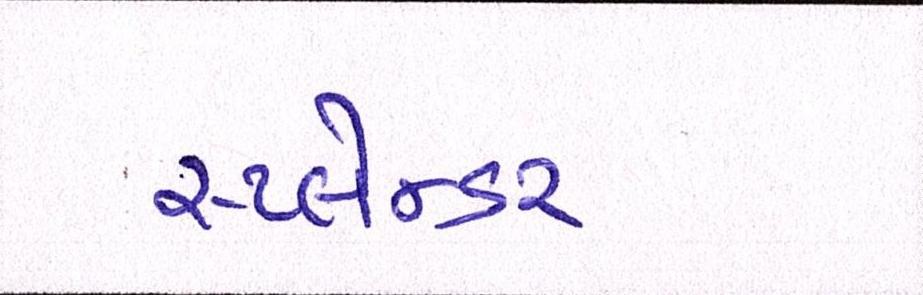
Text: સ્પ્લેન્ડર